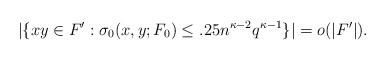
LaTeX: \begin{align*}|\{xy\in F': \sigma_0(x,y;F_0) \leq .25n^{\kappa-2}q^{\kappa-1}\}|=o(|F'|).\end{align*}